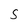
Character: S